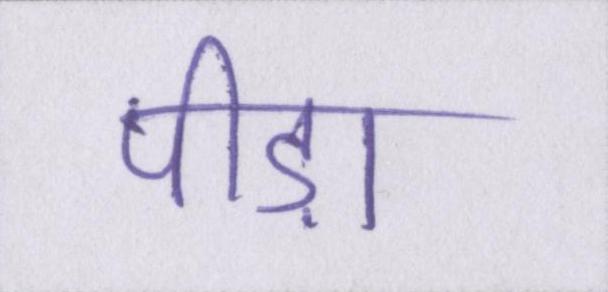
पीड़ा